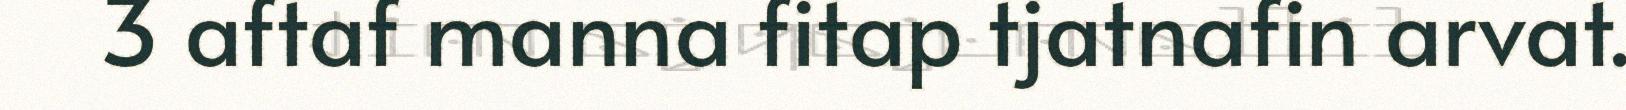
3 aftaf manna fitap tjatnafin arvat.